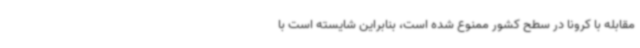
مقابله با کرونا در سطح کشور ممنوع شده است، بنابراین شایسته است با